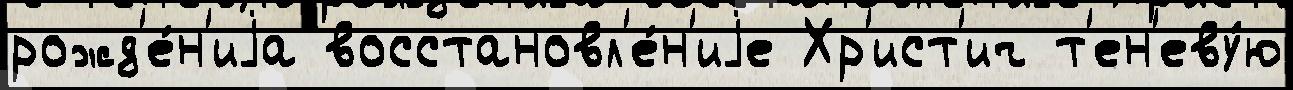
рожд'е́н'иjа восстановл'е́н'иjе Хр'ист'ич т'ен'еву́ю